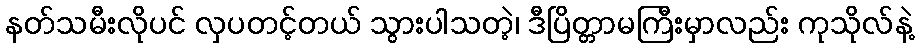
နတ်သမီးလိုပင် လှပတင့်တယ် သွားပါသတဲ့၊ ဒီပြိတ္တာမကြီးမှာလည်း ကုသိုလ်နဲ့